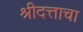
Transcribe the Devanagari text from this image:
श्रीदत्ताचा